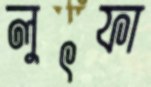
লুৎফা